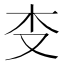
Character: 𰗒